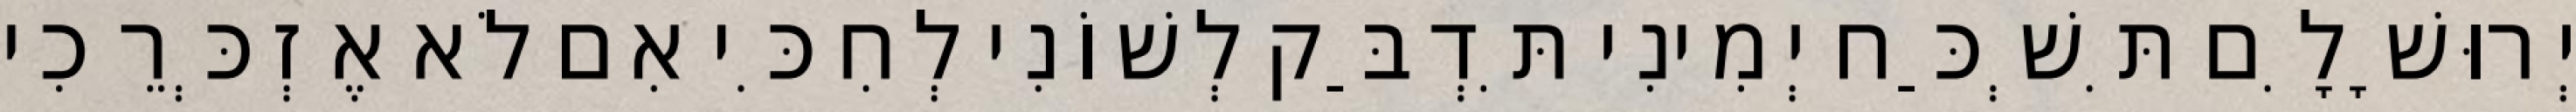
יְרוּשָׁלִָם תִּשְׁכַּח יְמִינִי תִּדְבַּק לְשׁוֹנִי לְחִכִּי אִם לֹא אֶזְכְּרֵכִי